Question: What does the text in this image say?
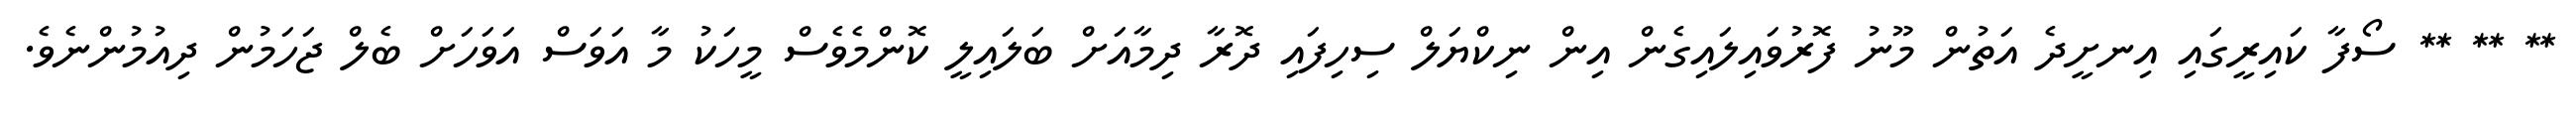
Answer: ** ** ** ސޯފާ ކައިރީގައި އިނށީދެ އަތުން މޫނު ފޮރުވައިލައިގެން އިން ނިކްޔަލް ސިހިފައި ދޮރާ ދިމާއަށް ބަލައިލީ ކޮންމެވެސް މީހަކު މާ އަވަސް އަވަހަށް ބެލް ޖަހަމުން ދިއުމުންނެވެ.